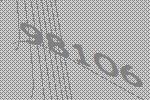
98106